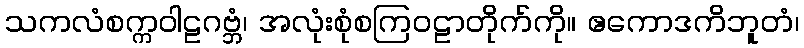
သကလံစက္ကဝါဠဂဗ္ဘံ၊ အလုံးစုံစကြဝဠာတိုက်ကို။ ဧကောဒကိဘူတံ၊